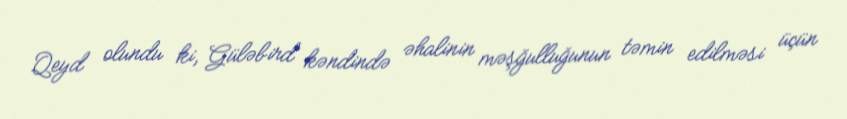
Qeyd olundu ki, Güləbird kəndində əhalinin məşğulluğunun təmin edilməsi üçün